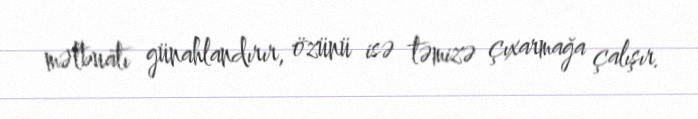
mətbuatı günahlandırır, özünü isə təmizə çıxarmağa çalışır.